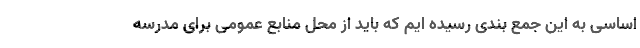
اساسی به این جمع بندی رسیده ایم که باید از محل منابع عمومی برای مدرسه